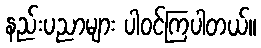
နည်းပညာများ ပါဝင်ကြပါတယ်။